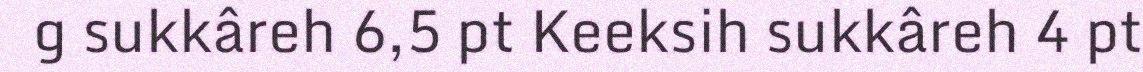
g sukkâreh 6,5 pt Keeksih sukkâreh 4 pt